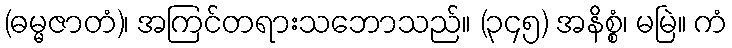
(ဓမ္မဇာတံ)၊ အကြင်တရားသဘောသည်။ (၃၄၅) အနိစ္စံ၊ မမြဲ။ ကံ